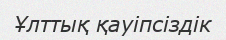
Ұлттық қауіпсіздік